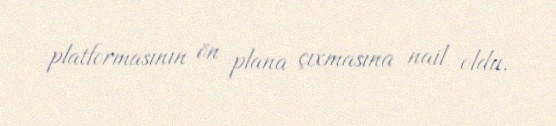
platformasının ön plana çıxmasına nail oldu.